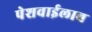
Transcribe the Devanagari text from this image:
पेशवाईलाच